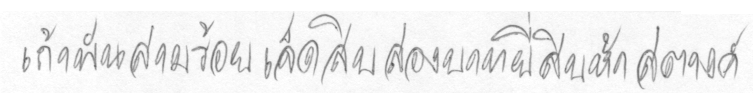
เก้าพันสามร้อยเจ็ดสิบสองบาทยี่สิบห้าสตางค์